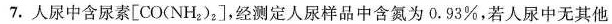
7.人尿中含尿素[CO(NH_{2})_{2}]，经测定人尿样品中含氮为0.93%，若人尿中无其他